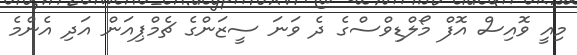
މިއީ ވޮއިސް އޮފް މޯލްޑިވްސްގެ ދެ ވަނަ ސީޒަންގެ ޗެމްޕިއަން އަދި އެންމެ